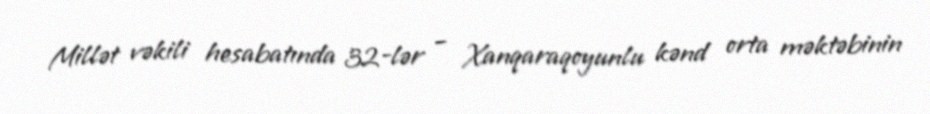
Millət vəkili hesabatında 32-lər – Xanqaraqoyunlu kənd orta məktəbinin